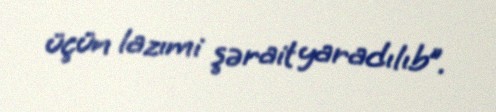
üçün lazımi şərait yaradılıb”.